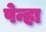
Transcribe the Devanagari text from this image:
पेन्हा